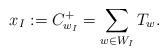
LaTeX: \begin{align*}x_I:=C^+_{w_I}=\sum_{w\in W_I}T_w.\end{align*}